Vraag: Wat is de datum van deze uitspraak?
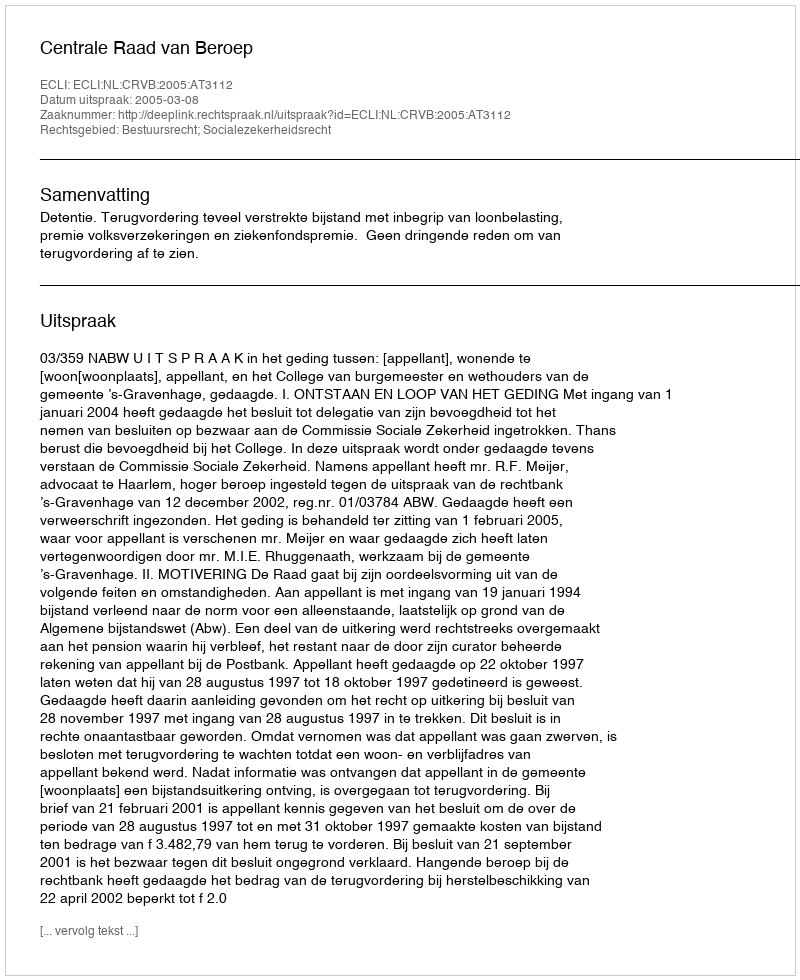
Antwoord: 2005-03-08